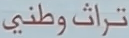
تراثوطني